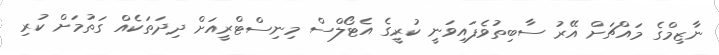
ނާޒިމްގެ މައްޗަށް އޭރު ސާބިތުވެފައިިވަނީ ކުރީގެ އެޓޯލްސް މިނިސްޓްރީއަށް ދިދަތަކެއް ގަތުމަށް ކުރި